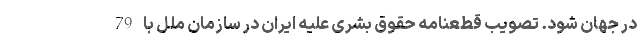
در جهان شود. تصویب قطعنامه حقوق بشری علیه ایران در سازمان ملل با 79